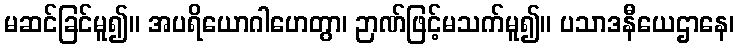
မဆင်ခြင်မူ၍။ အပရိယောဂါဟေတွာ၊ ဉာဏ်ဖြင့်မသက်မူ၍။ ပသာဒနီယေဌာနေ၊